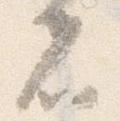
者